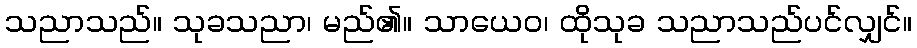
သညာသည်။ သုခသညာ၊ မည်၏။ သာယေဝ၊ ထိုသုခ သညာသည်ပင်လျှင်။